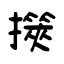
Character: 擌